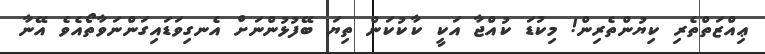
ޢިއްޒަތްތެރި ކިޔުންތެރިން! މިކުޑަ ކުއްޖާ އަކީ ކާކުކަން ތިޔަ ބޭފުޅުންނަށް އެނގިވަޑައިގަންނަވާތޯއެވެ އޭނާ